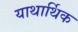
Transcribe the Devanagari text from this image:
याथार्थिक